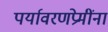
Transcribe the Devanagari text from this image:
पर्यावरणप्रेमींना